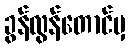
ခွန်လွန်တောင်မှ